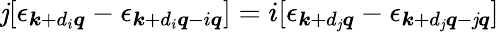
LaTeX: \mathit{j}[\epsilon_{\boldsymbol{k}+d_{i}\boldsymbol{q}}-\epsilon_{\boldsymbol{k}+d_{i}\boldsymbol{q}-i\boldsymbol{q}}]=i[\epsilon_{\boldsymbol{k}+d_{\mathit{j}}\boldsymbol{q}}-\epsilon_{\boldsymbol{k}+d_{\mathit{j}}\boldsymbol{q}-\mathit{j}\boldsymbol{q}}]